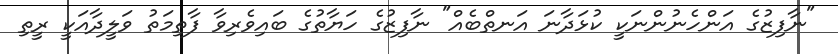
"ނާފިޒުގެ އަންހެނުންނަކީ ކުޅަދާނަ އަނތްބެއް" ނާފިޒުގެ ހަޔާތުގެ ބައިވެރިވާ ފާތިމަތު ވަލީދާއަކީ ރީތި